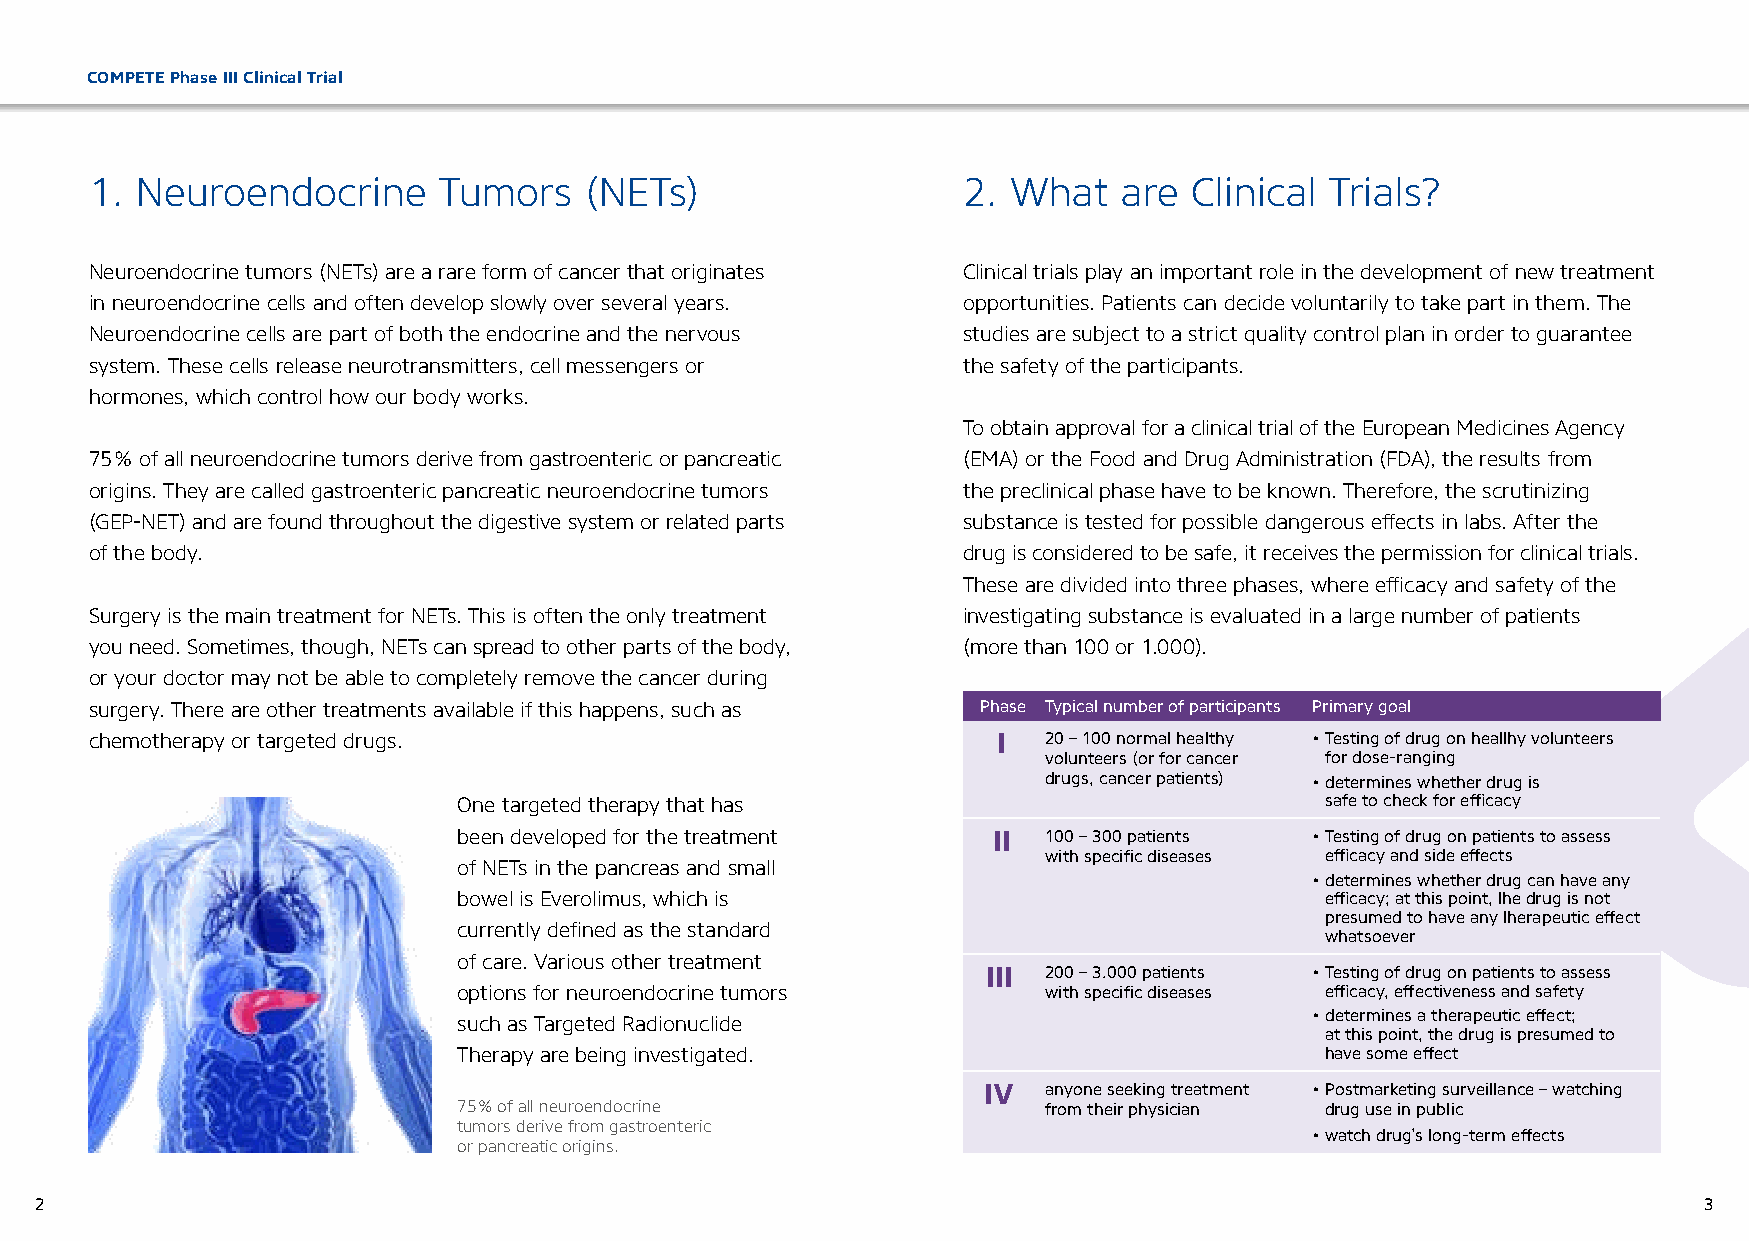
COMPETE Phase III Clinical Trial
 1. Neuroendocrine      Tumors    (NETs)                   2. What   are  Clinical Trials?
 Neuroendocrine tumors (NETs) are a rare form of cancer that originates Clinical trials play an important role in the development of new treatment
 in neuroendocrine cells and often develop slowly over several years. opportunities. Patients can decide voluntarily to take part in them. The
 Neuroendocrine cells are part of both the endocrine and the nervous studies are subject to a strict quality control plan in order to guarantee
 system. These cells release neurotransmitters, cell messengers or the safety of the participants.
 hormones, which control how our body works.
 To obtain approval for a clinical trial of the European Medicines Agency
 75 % of all neuroendocrine tumors derive from gastroenteric or pancreatic (EMA) or the Food and Drug Administration (FDA), the results from
 origins. They are called gastroenteric pancreatic neuroendocrine tumors the preclinical phase have to be known. Therefore, the scrutinizing
 (GEP-NET) and are found throughout the digestive system or related parts substance is tested for possible dangerous effects in labs. After the
 of the body.                                              drug is considered to be safe, it receives the permission for clinical trials.
 These are divided into three phases, where efficacy and safety of the
 Surgery is the main treatment for NETs. This is often the only treatment investigating substance is evaluated in a large number of patients
 you need. Sometimes, though, NETs can spread to other parts of the body, (more than 100 or 1.000).
 or your doctor may not be able to completely remove the cancer during
 surgery. There are other treatments available if this happens, such as Phase Typical number of participants Primary goal
 chemotherapy or targeted drugs.                             I  20 – 100 normal healthy • Testing of drug on heallhy volunteers
 volunteers (or for cancer for dose-ranging
 drugs, cancer patients) • determines whether drug is
 One targeted therapy that has                             safe to check for efficacy
 been developed for the treatment    II 100 – 300 patients • Testing of drug on patients to assess
 with specific diseases efficacy and side effects
 of NETs in the pancreas and small
 • determines whether drug can have any
 bowel is Everolimus, which is                             efficacy; at this point, lhe drug is not
 presumed to have any lherapeutic effect
 currently defined as the standard
 whatsoever
 of care. Various other treatment
 III 200 – 3.000 patients • Testing of drug on patients to assess
 options for neuroendocrine tumors      with specific diseases efficacy, effectiveness and safety
 • determines a therapeutic effect;
 such as Targeted Radionuclide
 at this point, the drug is presumed to
 Therapy are being investigated.                           have some effect
 IV  anyone seeking treatment • Postmarketing surveillance – watching
 75 % of all neuroendocrine             from their physician drug use in public
 tumors derive from gastroenteric
 • watch drug’s long-term effects
 or pancreatic origins.
 2                                                                                                              3